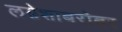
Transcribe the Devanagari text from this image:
लग्नेशाबरोबर